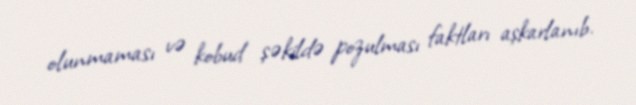
olunmaması və kobud şəkildə pozulması faktları aşkarlanıb.